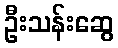
ဦးသန်းဆွေ